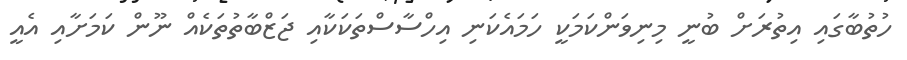
ހުތުބާގައި އިތުރަށް ބުނީ މިނިވަންކަމަކީ ހަމައެކަނި އިހްސާސްތަކަކާއި ޖަޒްބާތުތަަކެއް ނޫން ކަމަށާއި އެއީ